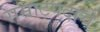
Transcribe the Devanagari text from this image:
सम्राटपदाचे